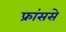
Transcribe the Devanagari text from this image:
फ्रांससे